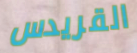
القريدس